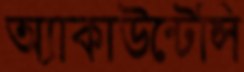
অ্যাকাউন্টেন্সি